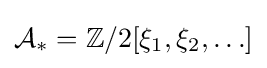
{\mathcal {A}}_{*}=\mathbb {Z} /2[\xi _{1},\xi _{2},\ldots ]